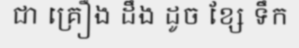
ជា គ្រឿង ដឹង ដូច ខ្សែ ទឹក